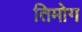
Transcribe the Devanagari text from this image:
तिमोग